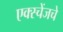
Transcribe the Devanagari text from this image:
एक्स्चेंजचे